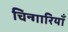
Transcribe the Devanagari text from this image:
चिन्गारियाँ